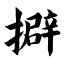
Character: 擗